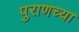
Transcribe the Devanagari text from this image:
पुराणच्या